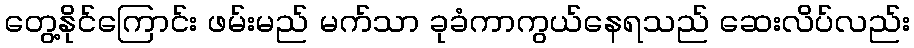
တွေ့နိုင်ကြောင်း ဖမ်းမည် မက်သာ ခုခံကာကွယ်နေရသည် ဆေးလိပ်လည်း